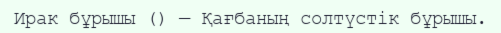
Ирак бұрышы () — Қағбаның солтүстік бұрышы.